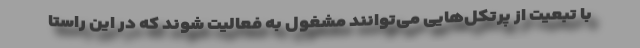
با تبعیت از پرتکل‌هایی می‌توانند مشغول به فعالیت شوند که در این راستا